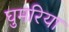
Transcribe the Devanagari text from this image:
घुमरिया